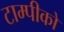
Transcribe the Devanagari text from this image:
टाम्पीको